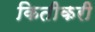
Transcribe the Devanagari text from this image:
कितीकरी